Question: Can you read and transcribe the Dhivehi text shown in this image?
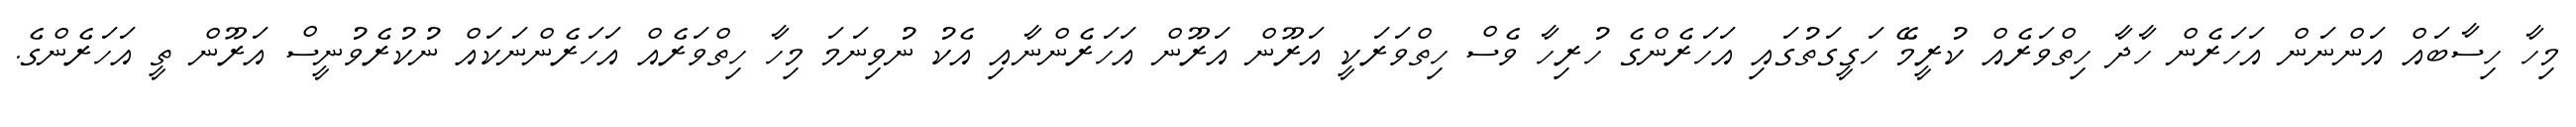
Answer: މިހާ ހިސާބައް އަންނަން އަހަރެން ހާދާ ހިތްވަރެއް ކުރީމޭ ހަގީގަތުގައި އަހަރެންގެ ހުރިހާ ވެސް ހިތްވަރަކީ އަރޫން އަރޫން އަހަރެންނާއި އެކު ނުވިނަމަ މިހާ ހިތްވަރެއް އަހަރެންނަކައް ނުކުރެވުނީސް އަރޫން ތީ އަހަރެންގެ.